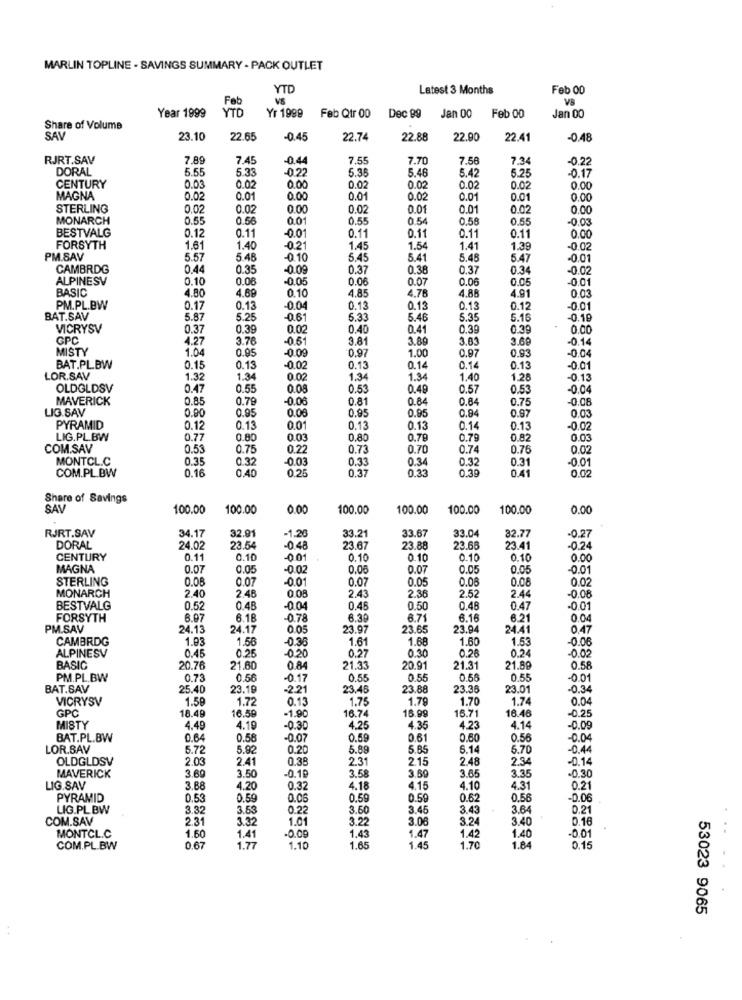
MARLIN TOPLINE - SAVINGS SUMMARY - PACK OUTLET
YTD
Latest 3 Months
Feb 00
Feb
V8
Year 1999
YTD
Yr 1999
Feb Qtr 00
Dec 89
Jan 00
Feb 00
Jan 00
Share of Volume
SAV
23.10
22.65
-0.45
22.74
22.88
22.90
22.41
-0.48
RJRT.SAV
7.89
7.45
-0.4
7.55
7.70
7.56
7.34
0.22
DORAL
5.55
5.33
-0.22
5.35
5.46
5.42
5.25
-0.17
CENTURY
0.03
0.02
0.00
0.02
0.02
0.02
0.02
0.00
MAGNA
0.02
0.01
0.00
0.01
0.02
0.01
0.01
0.00
STERLING
0.02
0.02
0.00
0.02
0.01
0.01
0.02
0.00
MONARCH
0.55
0.56
0.01
0.55
0.54
0.58
0.55
0.03
BESTVALG
0.12
0.11
-0.01
0.11
0.11
0.11
0.11
0.00
FORSYTH
1.61
1.40
-0.2
1.45
1.54
1.41
1.39
-0.02
PM.SAV
5.57
5.48
-0.10
5.45
5.41
5.48
5.47
0 01
CAMBRDG
0.44
0.35
-0.09
0.37
0.38
0.37
0.34
-0.02
ALPINESV
0.10
0.06
-0.05
0.06
0.07
0.06
0.05
-0.01
BASIC
4.69
0.10
4.85
4,78
4.88
4.91
4.80
0.03
PM.PL.BW
0.17
0.13
-0.04
0.13
0.13
0.13
0.12
-0.01
BAT.SAV
5.87
5.25
-0.61
6.33
5.46
5.35
5.16
-0.19
VICRYSV
0.37
0.39
0.02
0.40
0.41
0.39
0.39
0.00
GPC
4.27
3.76
-0.51
3.81
3.89
3.63
3.60
-0.14
MISTY
1.04
0.95
-0.09
0.97
1.00
0.97
0.93
-0.04
BAT.PL.BW
0.15
0.13
-0.02
0.13
0.14
0.14
0.13
-0.01
LOR.SAV
1.32
1.34
0.02
1.34
1.34
1.40
1.28
-0.13
OLDGLDSV
0.47
0.55
0.08
0.53
0.48
0.57
0.53
-0.04
MAVERICK
0.85
0.79
-0.08
0.81
0.84
0.84
0.75
-0.08
LIG.SAV
0.90
0.95
0.00
0.95
0.95
0.84
0.97
0,03
PYRAMID
0.12
0.13
0.01
0.13
0.13
0.14
0.13
-0.02
LIG.PL.BW
0.77
0.80
0.03
0.80
0.79
0.79
0.82
0.03
COM.SAV
0.53
0.75
0.22
0.73
0.70
0.74
0.76
0.02
MONTCL.C
0.35
0.32
-0.03
0.33
0.34
0.32
0.31
-0.01
0.16
0.40
0.25
0.37
0.33
0.39
0.41
0.02
COM.PL.BW
Share of Savings
SAL
100.00
100.00
0.00
100.00
100.00
100.00
100.00
0.00
82.77
RJRT.SAV
34.17
32.91
-1.20
33.21
33.67
33.0
-0.27
DORAL
24.02
23.54
-048
23.67
23.88
23.68
23.41
-0.24
CENTURY
0.11
0.10
-001
0.10
0.10
0.10
0.10
0.00
MAGNA
0.07
0.05
-0.02
0.00
0.07
0.05
0.05
-0.01
STERLING
0.08
0.07
-0.01
0.07
0.05
0.08
0.08
0.02
MONARCH
244
2.40
2.48
0.08
2.43
2.36
2.52
-0.08
BESTVALG
0.52
0.48
-0.04
0.45
0.50
0.48
0.47
-0 01
FORSYTH
6.97
6.18
078
6.39
6.71
6.16
6.21
0.04
PM.SAV
24.13
24.17
0.05
23.97
23.65
23.94
24.41
0.47
CAMBRDG
1.93
1.56
-0.3
1.61
1.68
1.60
1.53
-0.06
ALPINESV
0.25
0.26
0.24
-0.02
0.45
-0.20
0.27
0.30
BASIC
20.76
21.80
0.84
21.33
20.91
21.31
21.89
0.58
PM.PL.BW
0.73
0.56
-0.17
0.55
0.5
0.56
0.55
-001
BAT.SAV
25.40
23.19
-2.21
23.45
23.88
23.3
23.01
-0.34
VICRYSV
1.59
1.72
0.15
1.75
1.79
1.70
1.74
0.04
GPC
16.99
16.71
16.46
-0.25
18.49
16.56
-1.90
16.74
MISTY
4.49
4.19
-0.30
4.25
4.35
4.23
4.14
-0.09
BAT.PL.BW
0.64
0.58
-0.0
0.59
0.61
0.60
0.56
-0.04
LOR.SAV
5.72
5.92
0.20
5.89
5.85
5.14
5.70
-0.44
OLDGLDSV
2.03
2.41
0.38
2.31
2.15
2.48
2.34
-0.14
3.69
MAVERICK
3.50
-0.19
3.58
3.69
3.65
3.35
-0.30
LIG.SAV
3.88
4.20
0.32
4.18
4.15
4.10
4.31
0.2
PYRAMID
0.53
0.59
0.06
0.59
0.59
0.62
0.56
-0.06
LIG.PL. BW
3.32
3.53
0.22
3.60
3.45
3.43
3.64
0.21
COM.SAV
2.31
3.32
1.01
3.22
3.08
3.24
3.40
0.16
1.60
-0.00
1.43
1.40
-0.01
MONTCL.C
1.41
1.47
1.42
COM.PL.BW
0.67
1.77
1.10
1.65
1.45
1.70
1.84
0.15
53023 9065